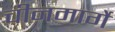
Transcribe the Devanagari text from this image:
चीनमार्गे